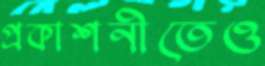
প্রকাশনীতেও